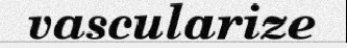
vascularize